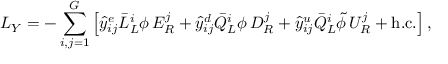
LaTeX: { \cal L } _ { Y } = - \sum _ { i , j = 1 } ^ { G } \left[ \hat { y } _ { i j } ^ { e } \bar { L } _ { L } ^ { i } \phi \, E _ { R } ^ { j } + \hat { y } _ { i j } ^ { d } \bar { Q } _ { L } ^ { i } \phi \, D _ { R } ^ { j } + \hat { y } _ { i j } ^ { u } \bar { Q } _ { L } ^ { i } \tilde { \phi } \, U _ { R } ^ { j } + \mathrm { h . c . } \right] ,